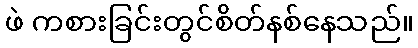
ဖဲ ကစားခြင်းတွင်စိတ်နစ်နေသည်။